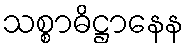
သစ္စာဓိဋ္ဌာနေန